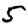
Digit: 5